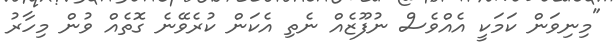
"މިނިވަން ކަމަކީ އެއްވެސް ނުފޫޒެއް ނެތި އެކަން ކުރެވޭނެ ގޮތެއް ވުން މިހާރު